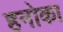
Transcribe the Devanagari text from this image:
हनोका